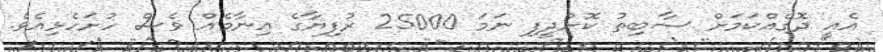
އެއީ ދޮގެއްކަމަށް ސާބިތު ކޮށްދީފި ނަމަ 25000 ރުފިޔާގެ އިނާމެއް ވެސް ހުށަހެޅިއެވެ.